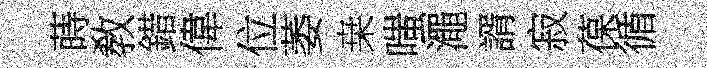
蒔敎錯偉位萎桒嗤澠諝寂葆循